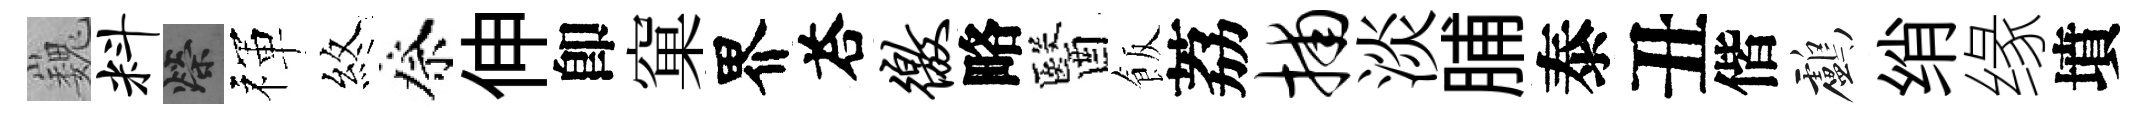
巍料榮禈煞祭伸卽窠界荅徼略醫飯荔捕淡脯泰丑偕鸕绡缘墳